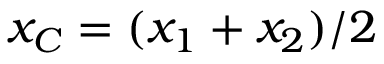
x _ { C } = ( x _ { 1 } + x _ { 2 } ) / 2